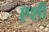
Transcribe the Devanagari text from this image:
एशी